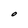
Character: O